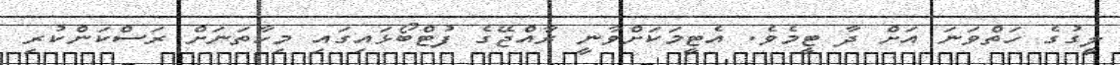
ލީގުގެ ހަތްވަނަ އަށް ދާ ޓީމެވެ. އެޓީމަކަށްވާނީ ރާއްޖޭގެ ފުޓްބޯޅައިގައި މިހާތަނަށް ރަސްކަންކުރި